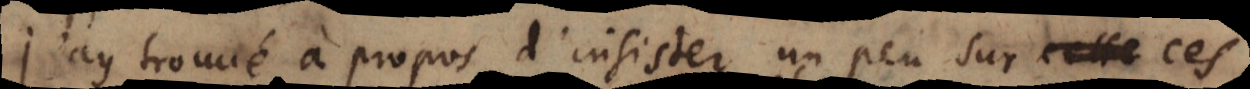
J’ay trouvé à propos d’insister un peu sur ces